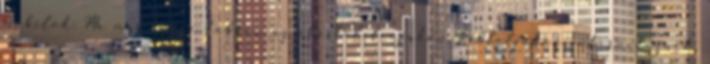
mobilok: Ma már egyre többen az okostelefonjukon, tabletjükön interneteznek,